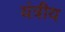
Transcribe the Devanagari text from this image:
यंत्रीय